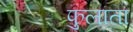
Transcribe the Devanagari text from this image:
फुलाता